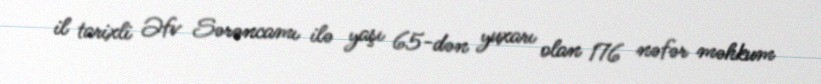
il tarixli Əfv Sərəncamı ilə yaşı 65-dən yuxarı olan 176 nəfər məhkum